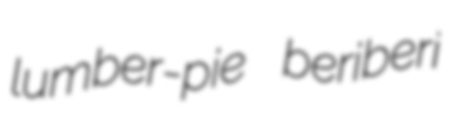
lumber-pie beriberi